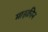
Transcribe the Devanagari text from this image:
माइक्रीन